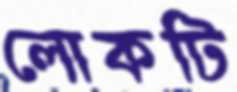
লোকটি